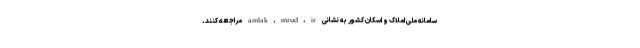
سامانه ملی املاک و اسکان کشور به نشانی amlak.mrud.ir مراجعه کنند.